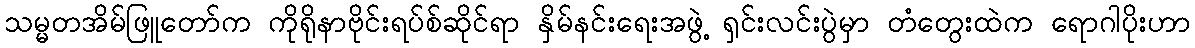
သမ္မတအိမ်ဖြူတော်က ကိုရိုနာဗိုင်းရပ်စ်ဆိုင်ရာ နှိမ်နင်းရေးအဖွဲ့ ရှင်းလင်းပွဲမှာ တံတွေးထဲက ရောဂါပိုးဟာ